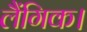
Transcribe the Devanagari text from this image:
लैंगिक।